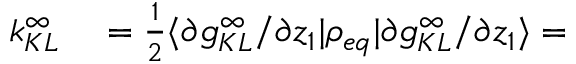
\begin{array} { r l } { k _ { K L } ^ { \infty } } & { { } = \frac { 1 } { 2 } \langle \partial g _ { K L } ^ { \infty } / \partial z _ { 1 } \rvert \rho _ { e q } \lvert \partial g _ { K L } ^ { \infty } / \partial z _ { 1 } \rangle = } \end{array}